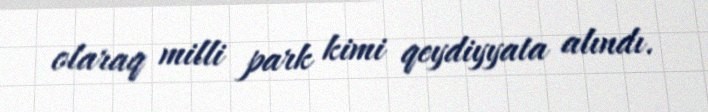
olaraq milli park kimi qeydiyyata alındı.